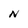
Character: N